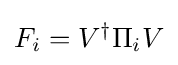
F_{i}=V^{\dagger }\Pi _{i}V